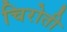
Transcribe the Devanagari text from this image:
चिरोती